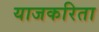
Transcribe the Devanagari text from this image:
याजकरिता